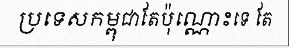
ប្រទេសកម្ពុជាតែប៉ុណ្ណោះទេ តែ